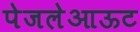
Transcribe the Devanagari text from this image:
पेजलेआऊट